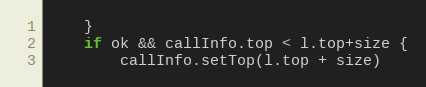
Language: Go
	}
	if ok && callInfo.top < l.top+size {
		callInfo.setTop(l.top + size)